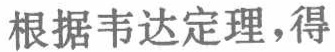
根据韦达定理,得